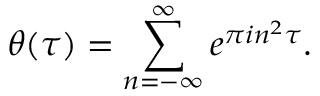
\theta ( \tau ) = \sum _ { n = - \infty } ^ { \infty } e ^ { \pi i n ^ { 2 } \tau } .